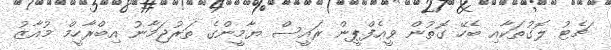
ޗެޓު ލޮގުތަކާއި ބެހޭ ގޮތުން ވީއެފްޕީން ރައީސް ޔާމީންގެ ތަރުޖަމާނު އިބްރާހީމް މުއާޒު